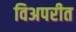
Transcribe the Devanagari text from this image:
विअपरीत